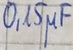
Text: 0,15µF